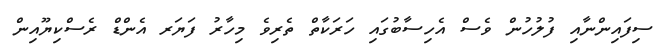
ސިފައިންނާއި ފުލުހުން ވެސް އެހިސާބުގައި ހަރަކާތް ތެރިވެ މިހާރު ފަޔަރ އެންޑް ރެސްކިޔޫއިން